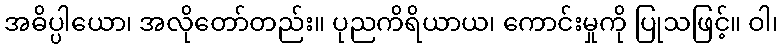
အဓိပ္ပါယော၊ အလိုတော်တည်း။ ပုညကိရိယာယ၊ ကောင်းမှုကို ပြုသဖြင့်။ ဝါ၊